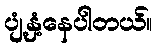
ပျံ့နှံ့နေပါတယ်။